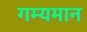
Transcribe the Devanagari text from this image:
गम्यमान